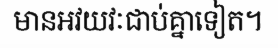
មានអវយវៈជាប់គ្នាទៀត។